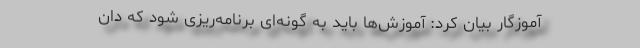
آموزگار بیان کرد: آموزش‌ها باید به گونه‌ای برنامه‌ریزی شود که دان